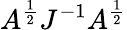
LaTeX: A^{\frac{1}{2}}J^{-1}A^{\frac{1}{2}}